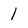
Character: 1